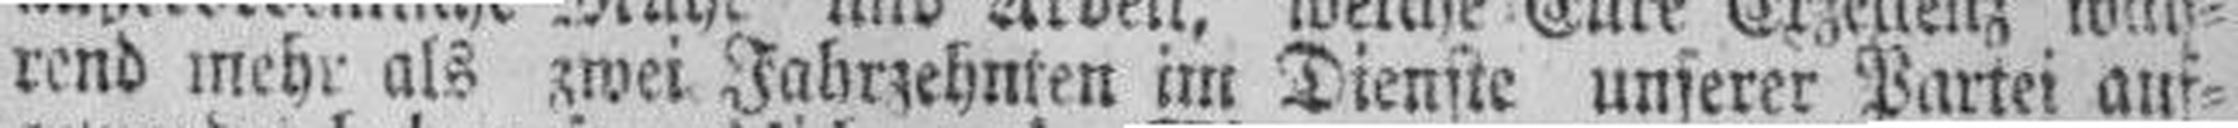
rend mehr als zwei Jahrzehnten im Dienste unserer Partei auf¬